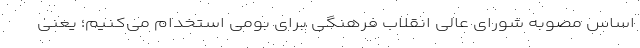
اساس مصوبه شورای عالی انقلاب فرهنگی برای بومی استخدام می‌کنیم؛ یعنی